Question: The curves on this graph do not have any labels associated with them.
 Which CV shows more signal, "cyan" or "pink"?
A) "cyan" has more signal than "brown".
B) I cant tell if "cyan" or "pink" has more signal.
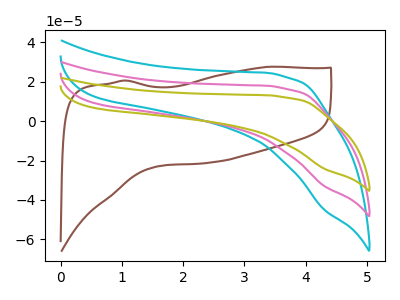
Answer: <think>The brown curve "brown" has no peaks. The cyan curve "cyan" has no peaks. The pink curve "pink" has no peaks. The olive curve "olive" has no peaks.
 Neither "cyan" or "pink" have any peaks.</think>
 <answer>B) I cant tell if "cyan" or "pink" has more signal.</answer>
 <eval>B</eval>